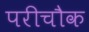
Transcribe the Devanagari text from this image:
परीचौक